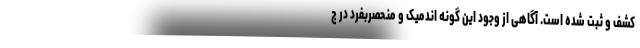
کشف و ثبت شده است. آگاهی از وجود این گونه اندمیک و منحصربفرد در ج